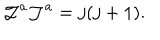
{ \cal J } ^ { a } { \cal J } ^ { a } = j ( j + 1 ) .